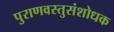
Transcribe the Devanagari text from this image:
पुराणवस्तुसंशोधक